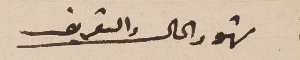
شهود الحال والتعريف